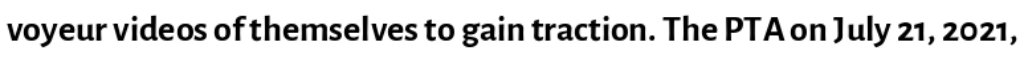
voyeur videos of themselves to gain traction. The PTA on July 21, 2021,